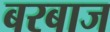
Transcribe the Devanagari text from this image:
बरबाज